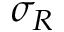
\sigma _ { R }